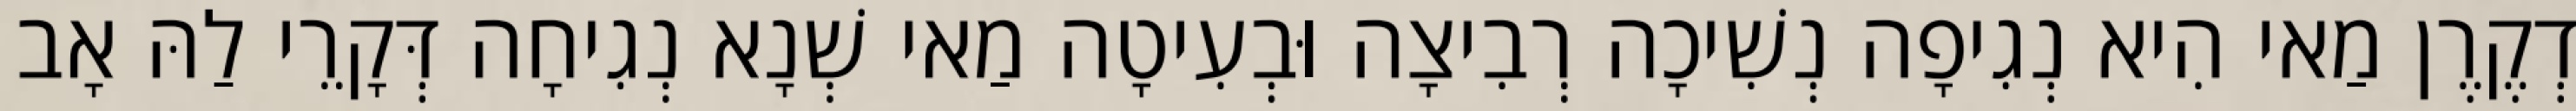
דְקֶרֶן מַאי הִיא נְגִיפָה נְשִׁיכָה רְבִיצָה וּבְעִיטָה מַאי שְׁנָא נְגִיחָה דְּקָרֵי לַהּ אָב